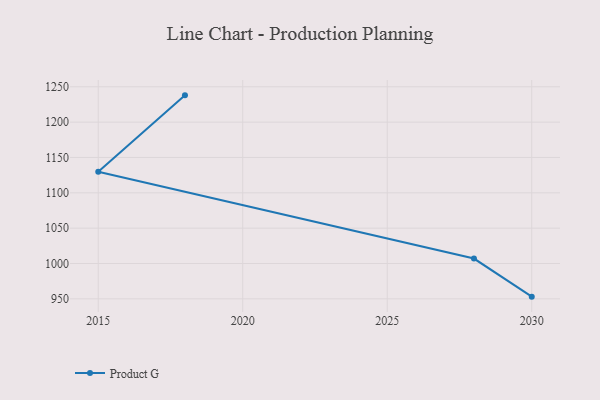
{"axis": {"x": "Year", "y": "Backlog"}, "legend": ["Product G"], "data": [{"x": "2018", "y": 1237.9, "type": "Product G"}, {"x": "2015", "y": 1129.8, "type": "Product G"}, {"x": "2028", "y": 1007.0, "type": "Product G"}, {"x": "2030", "y": 953.1, "type": "Product G"}]}